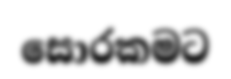
සොරකමට